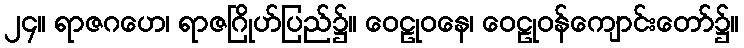
၂၄။ ရာဇဂဟေ၊ ရာဇဂြိုဟ်ပြည်၌။ ဝေဠုဝနေ၊ ဝေဠုဝန်ကျောင်းတော်၌။